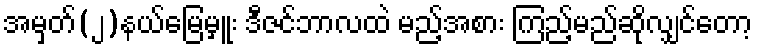
အမှတ်(၂)နယ်မြေမှူး ဒီဇင်ဘာလထဲ မည့်အစား ကြည့်မည်ဆိုလျှင်တော့